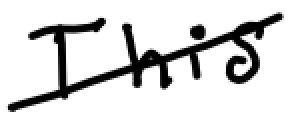
Text: This
Cross-out: diagonal
Writing tool: digital_black